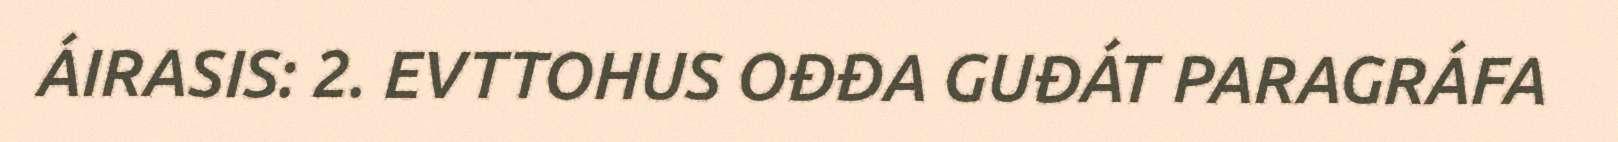
ÁIRASIS: 2. EVTTOHUS OĐĐA GUĐÁT PARAGRÁFA